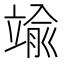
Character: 𮄶